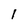
Character: l